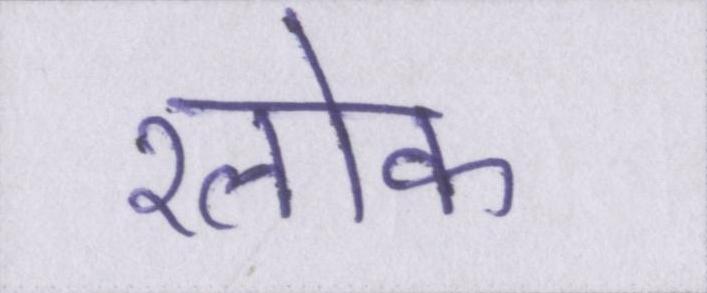
श्लोक